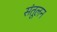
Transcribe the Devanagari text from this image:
संतूलन